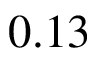
0 . 1 3